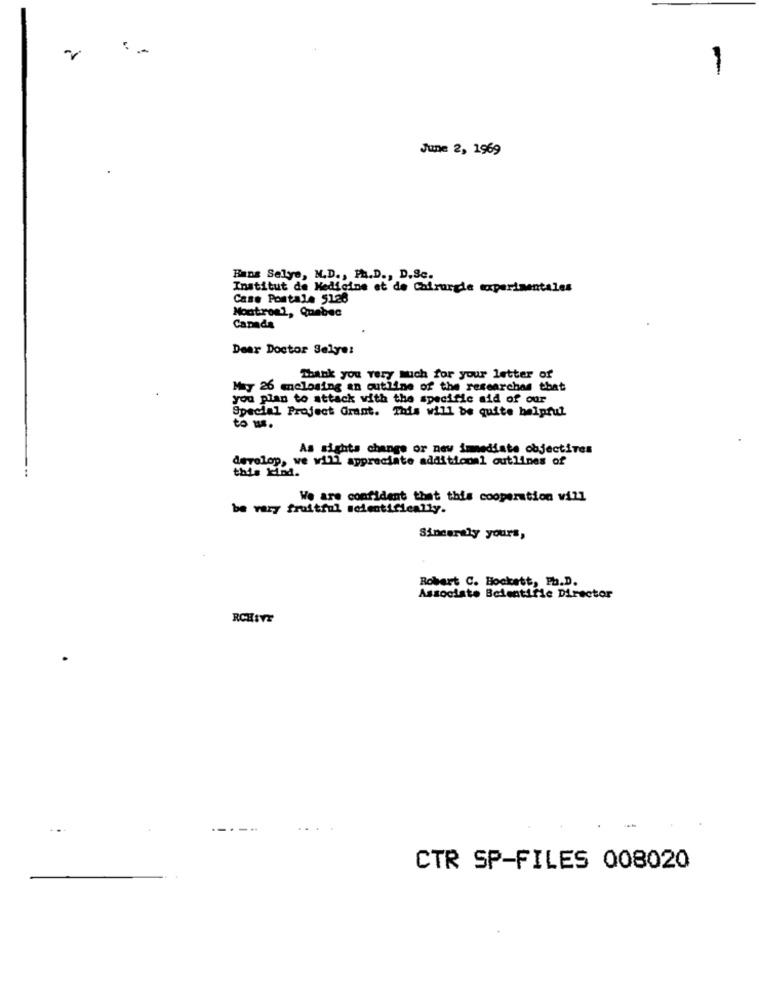
:-
-
June 2, 1969
Hans Selye, M.D ., Ph.D ., D.Sc.
Institut de Medicine et de Chirurgie experimentales
Case Postale 5126
Montreal, Quebec
Canada
Dear Doctor Selye!
Thank you very Much for your letter of
May 26 mnelosing an outline of the researchas that
you plan to attack with the specific aid of our
Special Project Grant. This will be quite helpful
to us.
As sights change or new immediate objectives
develop, we will appreciate additional outlines of
this kind.
We are confident that this cooperation vill
be vary fruitful scientifically.
Sincerely yours,
Robert C. Hockett, Ph.D.
Associate Beientifie Director
RCHIVE
CTR SP-FILES 008020